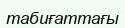
табиғаттағы